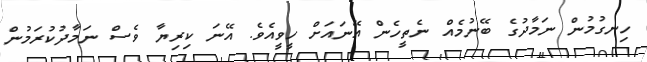
ހިނގުމުން ނަމާދުގެ ބޭނުމެއް ނެތީހެން އޭނައަށް ހީވީއެވެ. އޭނަ ކިރިޔާ ވެސް ނަމާދުކުރަމުން